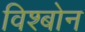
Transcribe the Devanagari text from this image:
विश्बोन